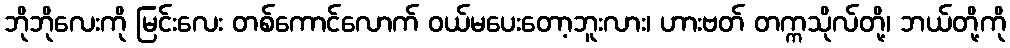
ဘိုဘိုလေးကို မြင်းလေး တစ်ကောင်လောက် ဝယ်မပေးတော့ဘူးလား၊ ဟားဗတ် တက္ကသိုလ်တို့၊ ဘယ်တို့ကို